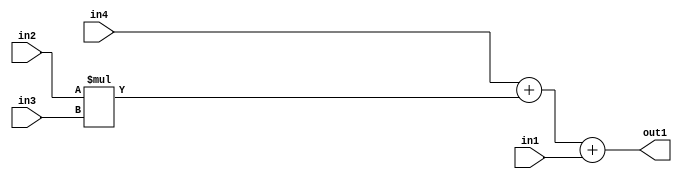
`timescale 1ps / 1ps
/*****************************************************************************
    Verilog RTL Description
    
    
    Created by: Stratus DpOpt 2019.1.01 
*******************************************************************************/

module pw_weight_addr_gen_Add3u32Mul2u16u16u16_4_0 (
	in4,
	in3,
	in2,
	in1,
	out1
	); /* architecture "behavioural" */ 
input [15:0] in4,
	in3,
	in2;
input [31:0] in1;
output [31:0] out1;
wire [31:0] asc001;

wire [31:0] asc001_tmp_0;
wire [31:0] asc001_tmp_1;
assign asc001_tmp_1 = 
	+(in4);
assign asc001_tmp_0 = asc001_tmp_1
	+(in2 * in3);
assign asc001 = asc001_tmp_0
	+(in1);

assign out1 = asc001;
endmodule

/* CADENCE  uLf5TQo= : u9/ySgnWtBlWxVPRXgAZ4Og= ** DO NOT EDIT THIS LINE ******/